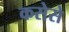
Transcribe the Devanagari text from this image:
कसेसे